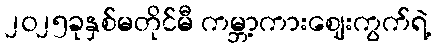
၂၀၂၅ခုနှစ်မတိုင်မီ ကမ္ဘာ့ကားဈေးကွက်ရဲ့